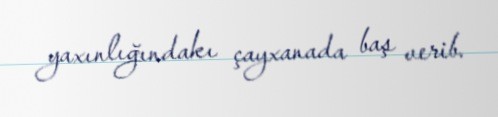
yaxınlığındakı çayxanada baş verib.